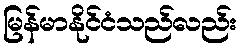
မြန်မာနိုင်ငံသည်လည်း